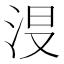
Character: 𣴉